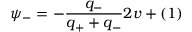
\psi _ { - } = - \frac { q _ { - } } { q _ { + } + q _ { - } } 2 v + \O ( 1 )